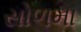
સોળમા